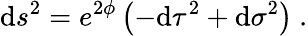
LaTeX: \mathrm{d}s^{2}=e^{2\phi}\left(-\mathrm{d}\tau^{2}+\mathrm{d}\sigma^{2}\right)\ .